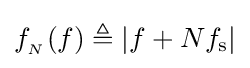
f_{_{N}}(f)\triangleq \left|f+Nf_{\rm {s}}\right|